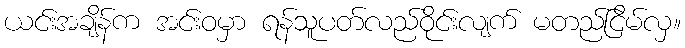
ယင်းအချိန်က အင်းဝမှာ ရန်သူပတ်လည်ဝိုင်းလျက် မတည်ငြိမ်လှ။